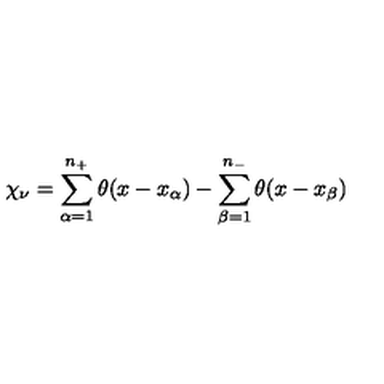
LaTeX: \chi _ { \nu } = \sum _ { \alpha = 1 } ^ { n _ { + } } \theta ( x - x _ { \alpha } ) - \sum _ { \beta = 1 } ^ { n _ { - } } \theta ( x - x _ { \beta } )